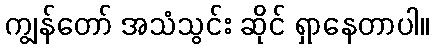
ကျွန်တော် အသံသွင်း ဆိုင် ရှာနေတာပါ။